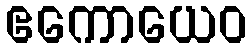
ဧကောယေဝ